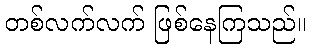
တစ်လက်လက် ဖြစ်နေကြသည်။